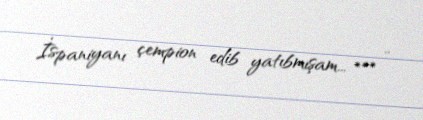
İspaniyanı çempion edib yatıbmışam... *** ..